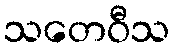
သတေဝီသ